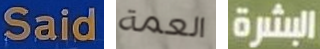
Said العمة البشرة